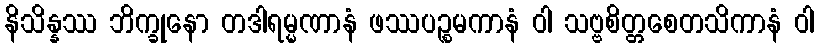
နိသိန္နဿ ဘိက္ခုနော တဒါရမ္မဏာနံ ဖဿပဉ္စမကာနံ ဝါ သဗ္ဗစိတ္တစေတသိကာနံ ဝါ